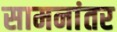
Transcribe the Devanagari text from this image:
सामनांतर